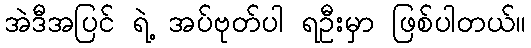
အဲဒီအပြင် ရဲ့ အပ်ဗုတ်ပါ ရဦးမှာ ဖြစ်ပါတယ်။